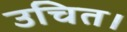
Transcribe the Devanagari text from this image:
उचित।